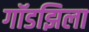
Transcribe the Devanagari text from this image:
गॉडझिला